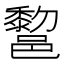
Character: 𰻿